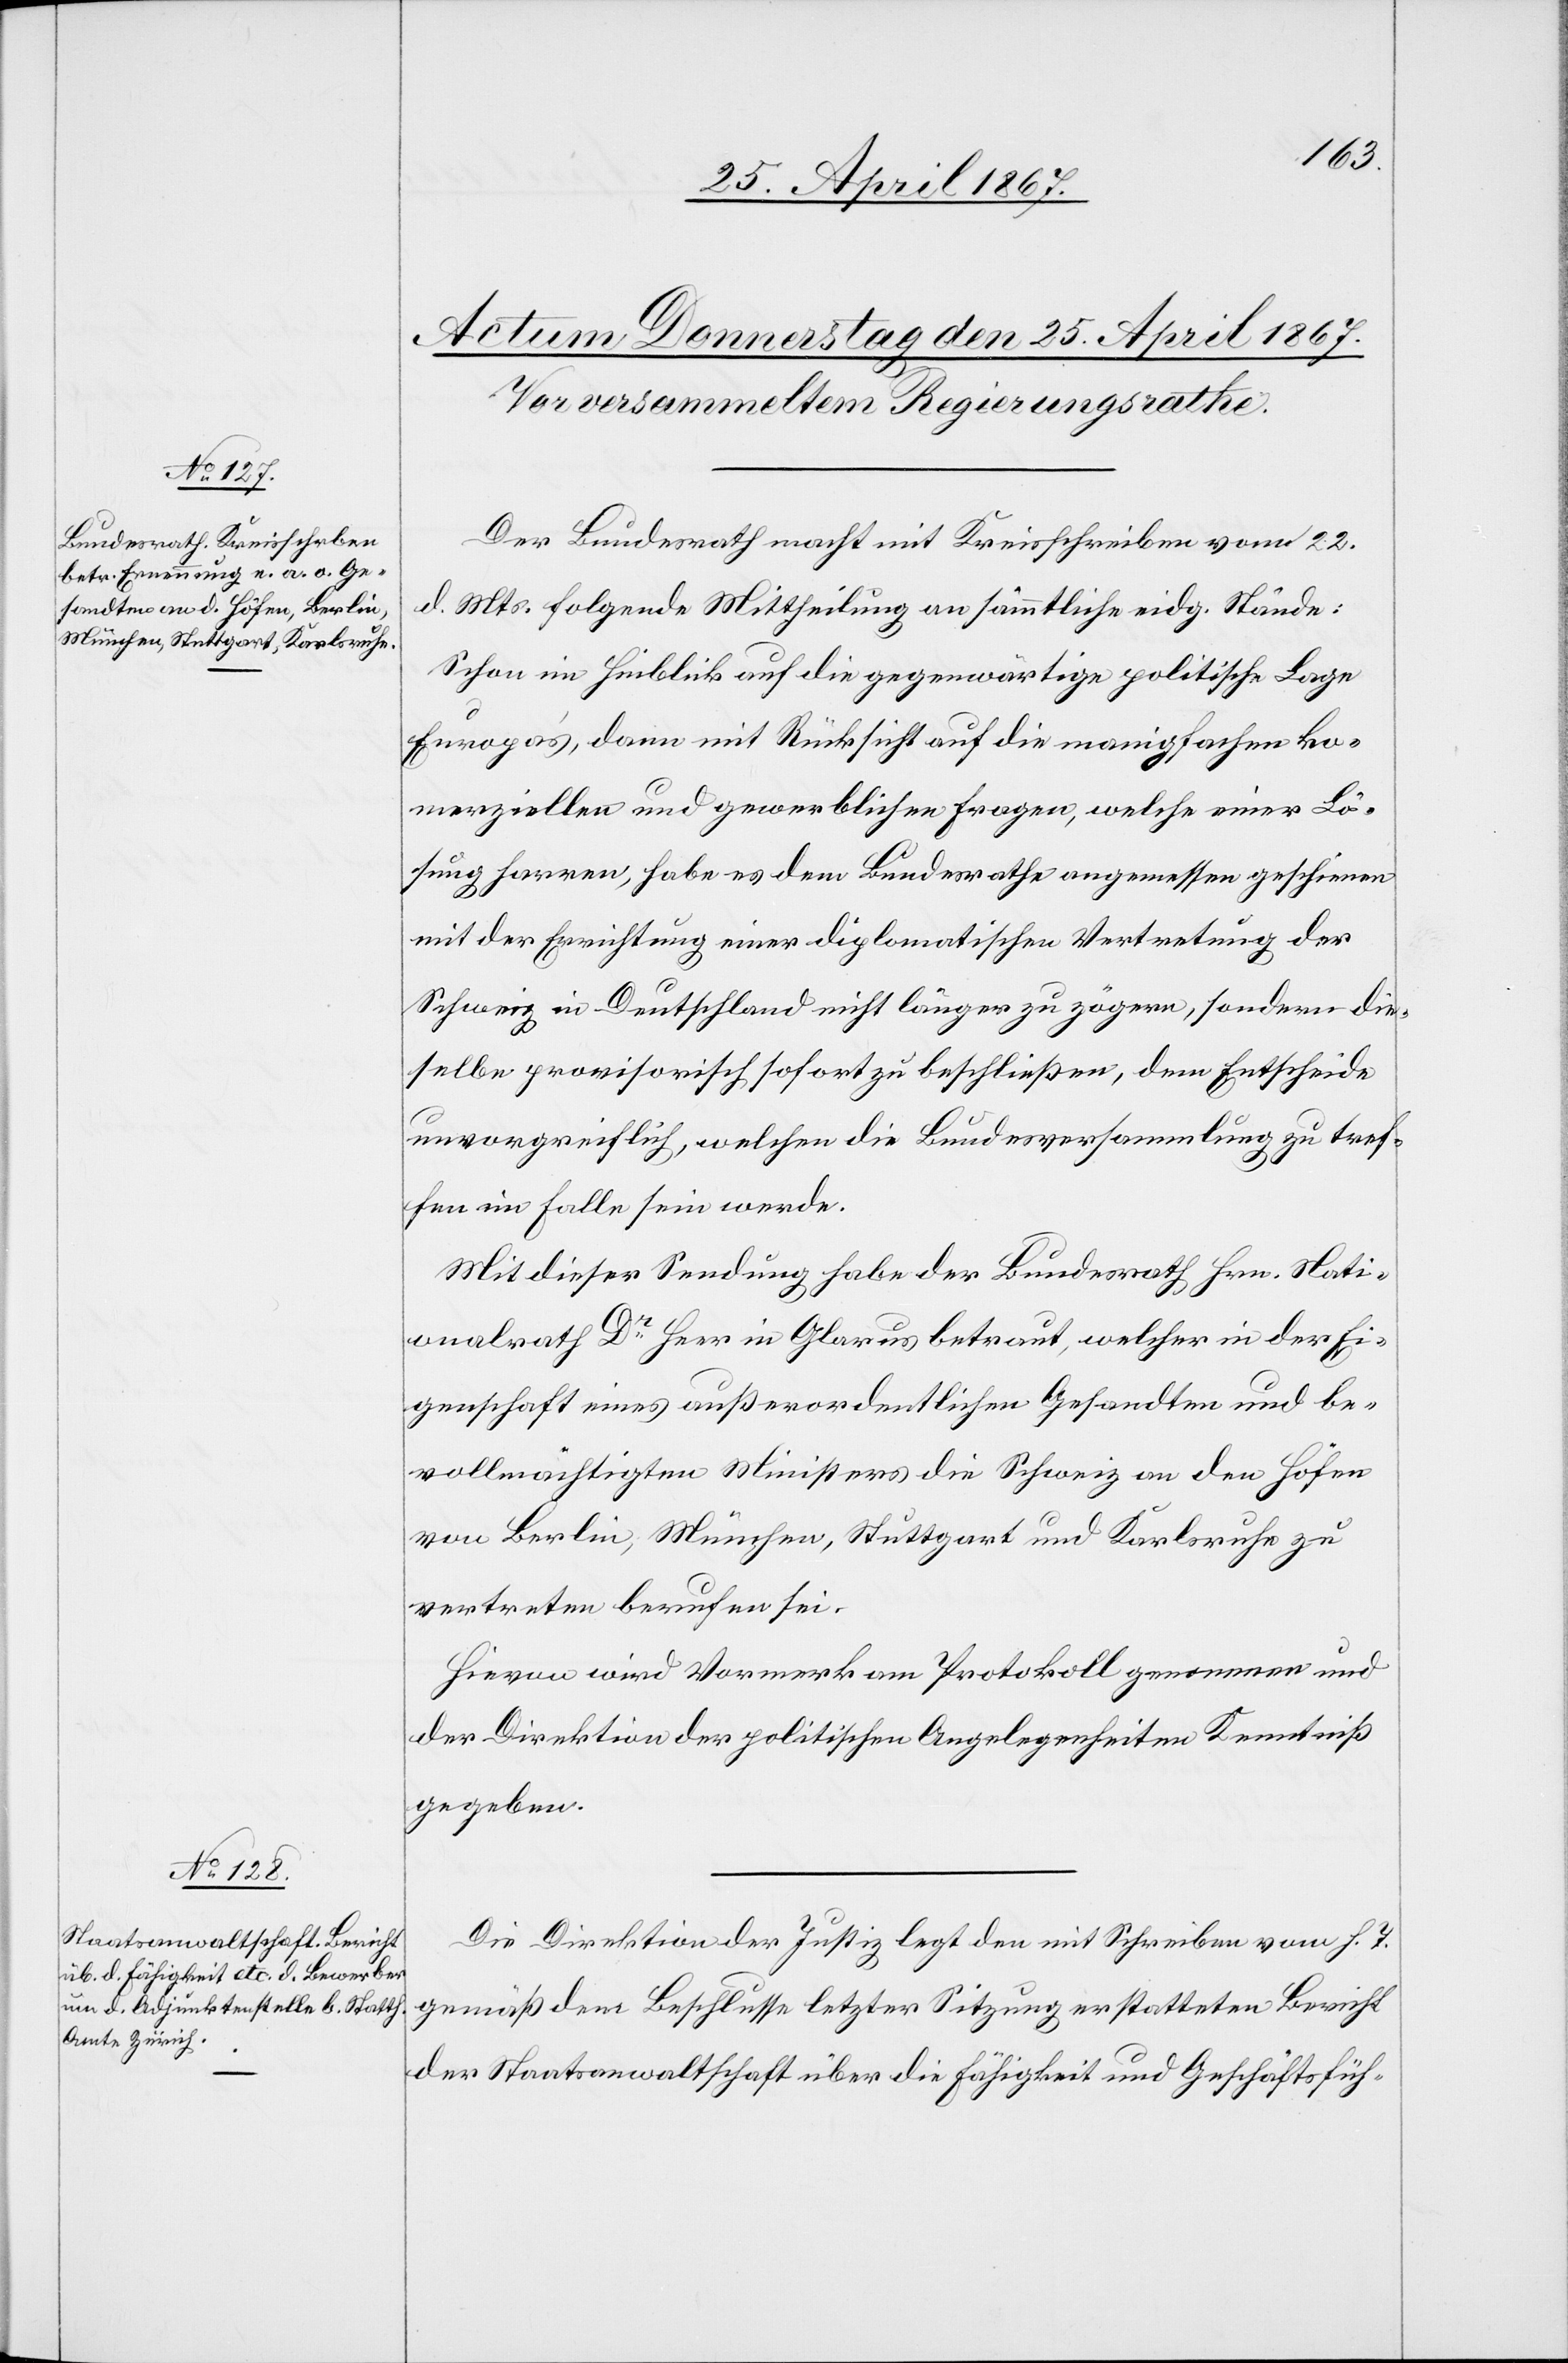
Der Bundesrath macht mit Kreisschreiben vom 22.
d. Mts. folgende Mittheilung an sämmtliche eidg. Stände:
Schon im Hinblick auf die gegenwärtige politische Lage
Europa’s, dann mit Rücksicht auf die manigfachen ko¬
merziellen und gewerblichen Fragen, welche einer Lö¬
sung harren, habe es dem Bundesrathe angemessen geschienen
mit der Errichtung einer diplomatischen Vertretung der
Schweiz in Deutschland nicht länger zu zögern, sondern die¬
selbe provisorisch sofort zu beschließen, dem Entscheide
unvorgreiflich, welchen die Bundesversammlung zu tref¬
fen im Falle sein werde.
Mit dieser Sendung habe der Bundesrath Hrn. Nati¬
onalrath Dr. Heer in Glarus betraut, welcher in der Ei¬
genschaft eines außerordentlichen Gesandten und be¬
vollmächtigten Ministers die Schweiz an den Höfen
von Berlin, München, Stuttgart und Karlsruhe zu
vertreten berufen sei.
Hievon wird Vormerk am Protokoll genommen und
der Direktion der politischen Angelegenheiten Kenntniß
gegeben.
Die Direktion der Justiz legt den mit Schreiben vom h. T.
gemäß dem Beschlusse letzter Sitzung erstatteten Bericht
der Staatsanwaltschaft über die Fähigkeit und Geschäfsfüh-